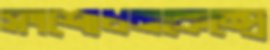
সংশোধনকেন্দ্রে